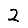
Digit: 2